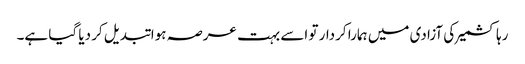
رہا کشمیر کی آزادی میں ہمارا کردار تو اسے بہت عرصہ ہوا تبدیل کر دیا گیا ہے۔